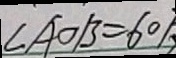
\angle A O B = 6 0